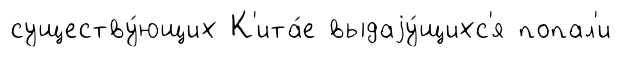
существу́ющих К'ита́е выдаjу́щихс'я попал'и